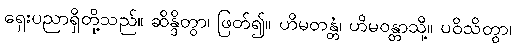
ရှေးပညာရှိတို့သည်။ ဆိန္ဒိတွာ၊ ဖြတ်၍။ ဟိမတန္တံ၊ ဟိမဝန္တာသို့။ ပဝိသိတွာ၊